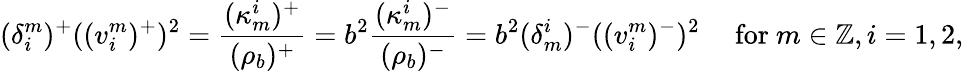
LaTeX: (\delta_{i}^{m})^{+}((v_{i}^{m})^{+})^{2}=\frac{(\kappa_{m}^{i})^{+}}{(\rho_{b})^{+}}=b^{2}\frac{(\kappa_{m}^{i})^{-}}{(\rho_{b})^{-}}=b^{2}(\delta_{m}^{i})^{-}((v_{i}^{m})^{-})^{2}\quad\mathrm{~for~}m\in\mathbb{Z},i=1,2,